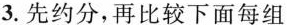
3. 先约分，再比较下面每组